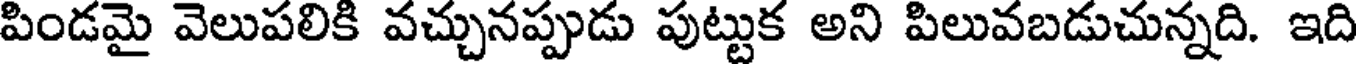
పిండమై వెలుపలికి వచ్చునప్పుడు పుట్టుక అని పిలువబడుచున్నది. ఇది